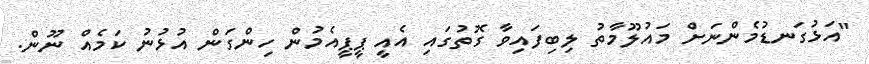
"އަޅުގަނޑުމެންނަށް މައުލޫމާތު ލިބިފައިވާ ގޮތުގައި އެއީ ޕީޕީއެމުން ހިންގަން އުޅުނު ކަމެއް ނޫން.